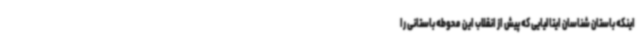
اینکه باستان شناسان ایتالیایی که پیش از انقلاب این محوطه باستانی را